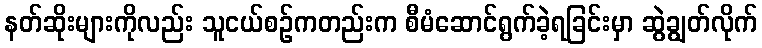
နတ်ဆိုးများကိုလည်း သူငယ်စဉ်ကတည်းက စီမံဆောင်ရွက်ခဲ့ရခြင်းမှာ ဆွဲချွတ်လိုက်